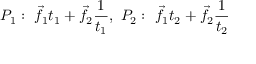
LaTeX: P _ { 1 } : \ { \vec { f } } _ { 1 } t _ { 1 } + { \vec { f } } _ { 2 } { \frac { 1 } { t _ { 1 } } } , \ P _ { 2 } : \ { \vec { f } } _ { 1 } t _ { 2 } + { \vec { f } } _ { 2 } { \frac { 1 } { t _ { 2 } } }